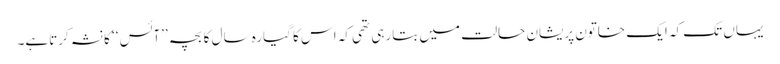
یہاں تک کہ ایک خاتون پریشان حالت میں بتارہی تھی کہ اس کا گیارہ سال کا بچہ ’’آئس ‘‘ کا نشہ کرتاہے۔